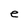
Character: e